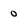
Character: 0